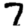
Digit: 7